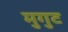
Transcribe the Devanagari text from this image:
मुगुट